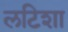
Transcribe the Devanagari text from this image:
लटिशा